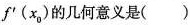
f'(x_{0})的几何意义是( )